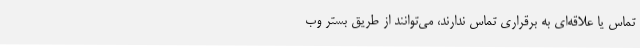
تماس یا علاقه‌ای به برقراری تماس ندارند، می‌توانند از طریق بستر وب